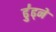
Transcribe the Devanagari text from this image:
ढु॑ढ्ने